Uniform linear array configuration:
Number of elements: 48
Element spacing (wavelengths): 0.75
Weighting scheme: binomial
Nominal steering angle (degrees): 0
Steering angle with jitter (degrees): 1.004
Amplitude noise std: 0.05
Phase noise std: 0.05

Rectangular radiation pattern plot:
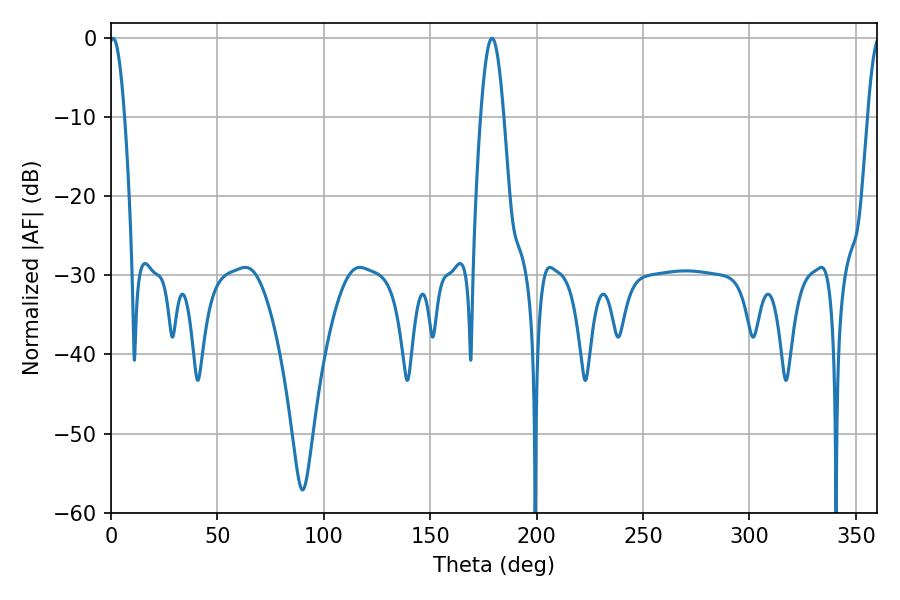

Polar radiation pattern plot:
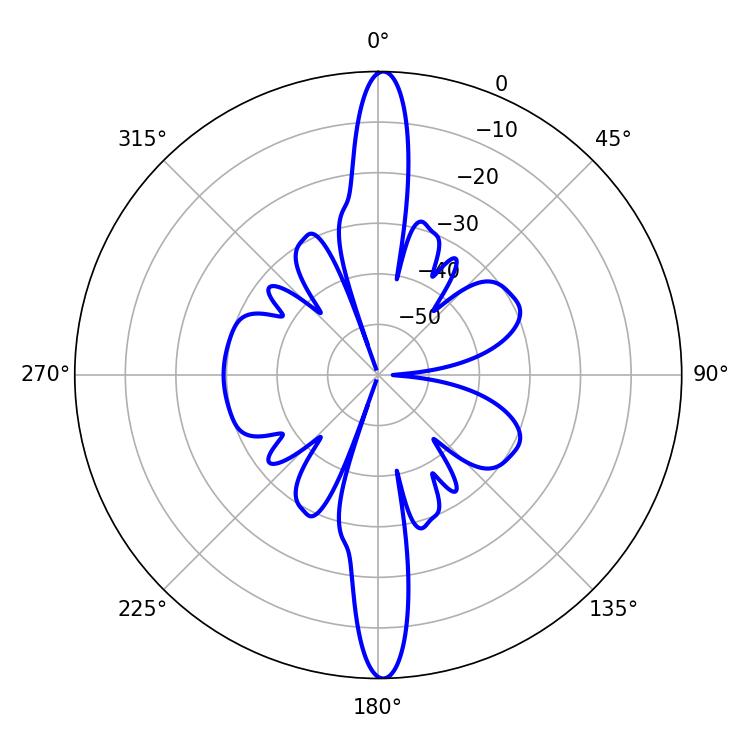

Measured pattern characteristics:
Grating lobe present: TRUE
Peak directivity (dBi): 28.014
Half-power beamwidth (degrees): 3.78
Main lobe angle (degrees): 0.9